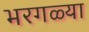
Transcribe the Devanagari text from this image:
भरगळ्या